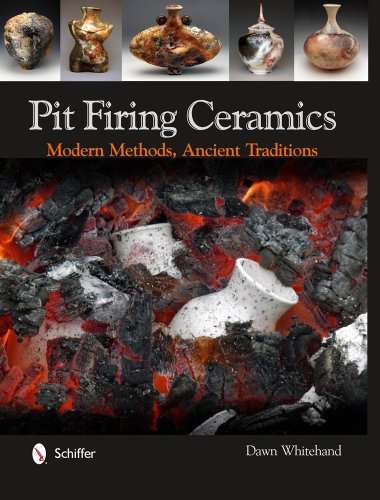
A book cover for Pit Firing Ceramics: Modern Methods, Ancient Traditions; Dawn Whitehand; Arts & Photography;